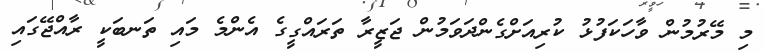
މި މޭރުމުން ވާހަކަފުޅު ކުރިއަށްގެންދަވަމުން ޖަޒީރާ ތަރައްގީގެ އެންމެ މައި ތަނބަކީ ރާއްޖޭގައި